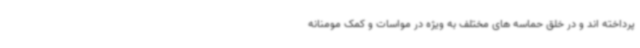
پرداخته اند و در خلق حماسه های مختلف به ویژه در مواسات و کمک مومنانه